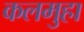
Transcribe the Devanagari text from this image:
कलमुहा